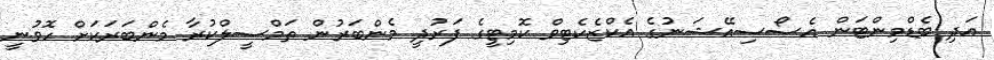
އަދި ބެޑްމިންޓަން އެސޯސިއޭޝަނުގެ އެކްޒެކެޓިވް ކޮމިޓީގެ ފަރުދީ މެންބަރުން ތަމްސީލްކުރާ މެންބަރަކަށް ހޮވުނީ